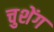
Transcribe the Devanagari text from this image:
चुशेंग